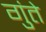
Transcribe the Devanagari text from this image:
गुंते